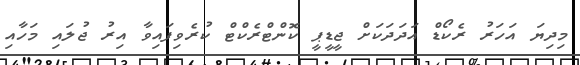
މިދިޔަ އަހަރު ރެކޯޑް އަދަދަކަށް ޖީޑީޕީ ކޮންޓްރެކްޓް ކުރެވިފައިވާ އިރު ޖުލައި މަހާއި